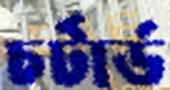
চর্টার্ড